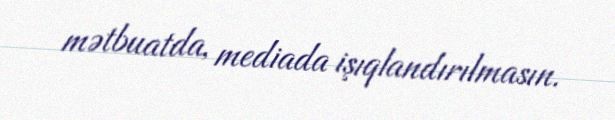
mətbuatda, mediada işıqlandırılmasın.